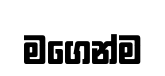
මගෙන්ම